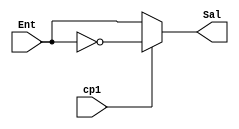
module compl1(output wire[3:0] Sal, input wire[3:0] Ent, input wire cp1);

assign Sal = cp1 ? ~Ent : Ent;

endmodule